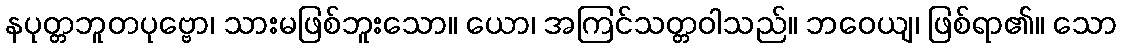
နပုတ္တဘူတပုဗ္ဗော၊ သားမဖြစ်ဘူးသော။ ယော၊ အကြင်သတ္တဝါသည်။ ဘဝေယျ၊ ဖြစ်ရာ၏။ သော